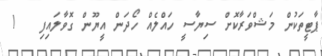
ޕާޓީތަކުން މަޝްވަރާކޮށް ސިޔާސީ ހައްލެއް ހޯދަން އީޔޫން ގޮވާލައިފި   !